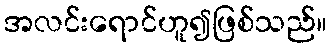
အလင်းရောင်ဟူ၍ဖြစ်သည်။